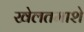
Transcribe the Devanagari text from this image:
खेलतमाशे